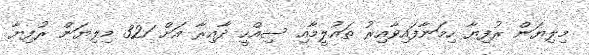
މިލިޔަން ރުފިޔާ ހިމަނާފައިވާއިރު ތައުލީމާއި ސިއްހީ ދާއިރާ އަށް 321 މިލިޔަން ރުފިޔާ